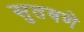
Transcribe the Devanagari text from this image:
सुतवणे